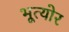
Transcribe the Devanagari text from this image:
भूत्योर